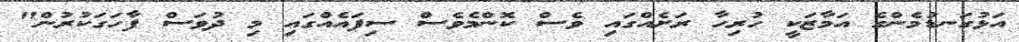
އަޅުގަނޑުމެންގެ އަމާޒަކީ ހުރިހާ ރަށެއްގައި ވެސް ކޮންމެވެސް ސިފައެއްގައި މި ދުވަސް ފާހަގަކުރުން"